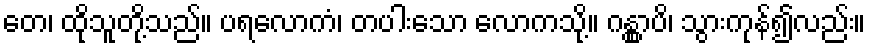
တေ၊ ထိုသူတို့သည်။ ပရလောကံ၊ တပါးသော လောကသို့။ ဂန္တွာပိ၊ သွားကုန်၍လည်း။